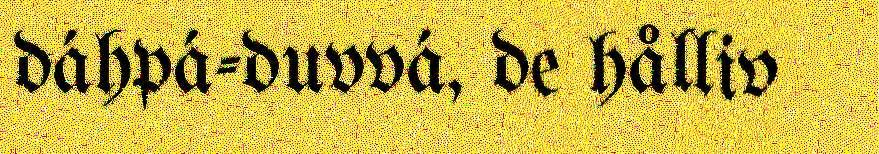
dáhpá-duvvá, de hålliv